Sketch of the medical history of the native army of Bombay, for the year
Year: 1876
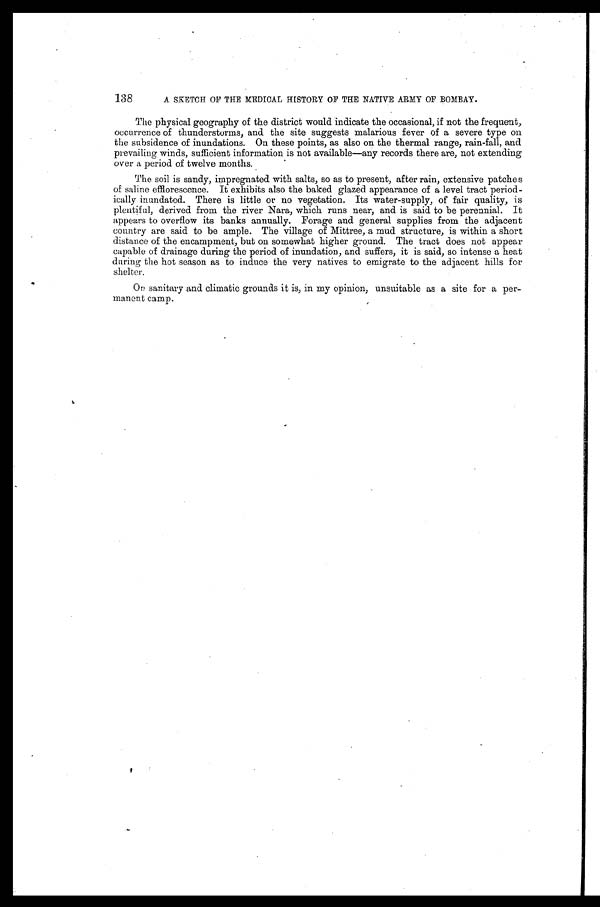
138
A SKETCH OF THE MEDICAL HISTORY OF THE NATIVE ARMY OF BOMBAY.
The physical geography of the district would indicate the occasional, if not the frequent,
occurrence of thunderstorms, and the site suggests malarious fever of a severe type on
the subsidence of inundations. On these points, as also on the thermal range, rain-fall, and
prevailing winds, sufficient information is not available—any records there are, not extending
over a period of twelve months.
The soil is sandy, impregnated with salts, so as to present, after rain, extensive patches
of saline efflorescence. It exhibits also the baked glazed appearance of a level tract period-
ically inundated. There is little or no vegetation. Its water-supply, of fair quality, is
plentiful, derived from the river Nara, which runs near, and is said to be perennial. It
appears to overflow its banks annually. Forage and general supplies from the adjacent
country are said to be ample. The village of Mittree, a mud structure, is within a short
distance of the encampment, but on somewhat higher ground. The tract does not appear
capable of drainage during the period of inundation, and suffers, it is said, so intense a heat
during the hot season as to induce the very natives to emigrate to the adjacent hills for
shelter.
On sanitary and climatic grounds it is, in my opinion, unsuitable as a site for a per-
manent camp.